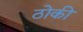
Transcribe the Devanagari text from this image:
ठोकी